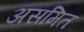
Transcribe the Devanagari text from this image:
असमित